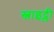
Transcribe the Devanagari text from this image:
स्लाइट्ली